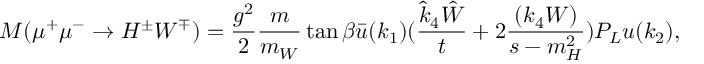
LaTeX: M ( \mu ^ { + } \mu ^ { - } \rightarrow H ^ { \pm } W ^ { \mp } ) = \frac { g ^ { 2 } } { 2 } \frac { m } { m _ { W } } \tan \beta \bar { u } ( k _ { 1 } ) ( \frac { \hat { k } _ { 4 } \hat { W } } { t } + 2 \frac { ( k _ { 4 } W ) } { s - m _ { H } ^ { 2 } } ) P _ { L } u ( k _ { 2 } ) ,